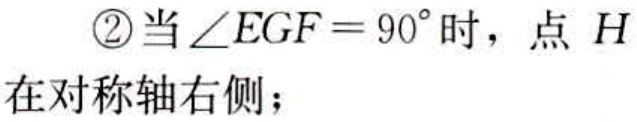
\textcircled{2}当\(\angle EGF = 90^{\circ}\)时，点 \(H\)在对称轴右侧；